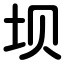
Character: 坝